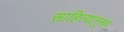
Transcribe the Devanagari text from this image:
साहित्यानुरूप